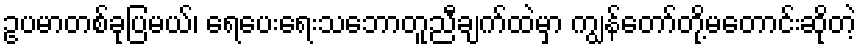
ဥပမာတစ်ခုပြမယ်၊ ရေပေးရေးသဘောတူညီချက်ထဲမှာ ကျွန်တော်တို့မတောင်းဆိုတဲ့